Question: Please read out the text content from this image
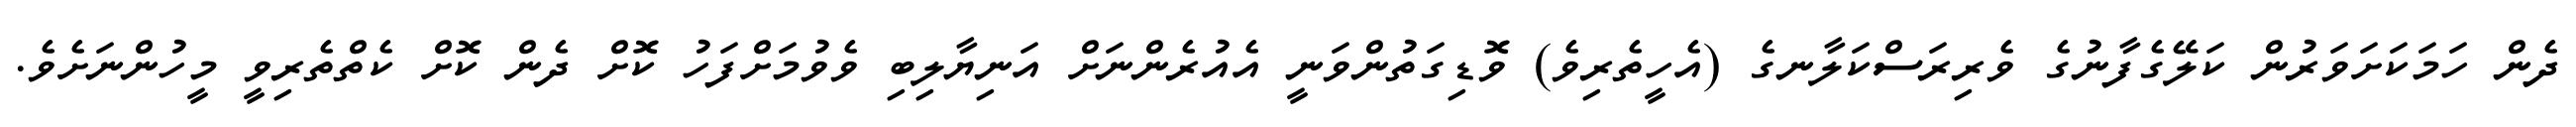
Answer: ދެން ހަމަކަށަވަރުން ކަލޭގެފާނުގެ ވެރިރަސްކަލާނގެ (އެހީތެރިވެ) ވޮޑިގަތުންވަނީ އެއުރެންނަށް އަނިޔާލިބި ވެވުމަށްފަހު ކޮށް ދެން ކޮށް ކެތްތެރިވީ މީހުންނަށެވެ.